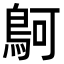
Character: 鴚